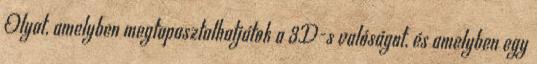
Olyat, amelyben megtapasztalhatjátok a 3D-s valóságot, és amelyben egy